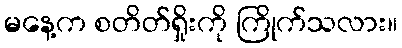
မနေ့က စတိတ်ရှိုးကို ကြိုက်သလား။